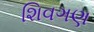
શિવગણ